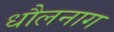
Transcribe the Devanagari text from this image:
धौलनाग